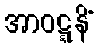
အာဝဋ္ဋနိံ